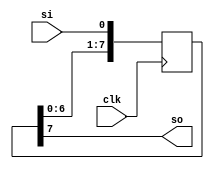
`timescale 1ns / 1ps

module shift_register
    #(parameter N = 8)
        (
            clk,
            si,
            so
        );

    // Inputs
    input wire clk;
    input wire si;
    
    // Output
    output wire so;

    // Registers
    reg [N-1 : 0] shreg;
    //reg [0 : 0] shreg [N-1 : 0];

    integer i;
    
    initial
    begin
        for ( i = 0; i < N; i = i + 1 ) begin  
            shreg[i] = 0;
        end
    end
    
    always @(posedge clk)
    begin
        for ( i = 0; i < N - 1; i = i + 1 ) begin  
            shreg[i+1] <= shreg[i];
            shreg[0] <= si;
        end
    end

    assign so = shreg[N-1];

endmodule